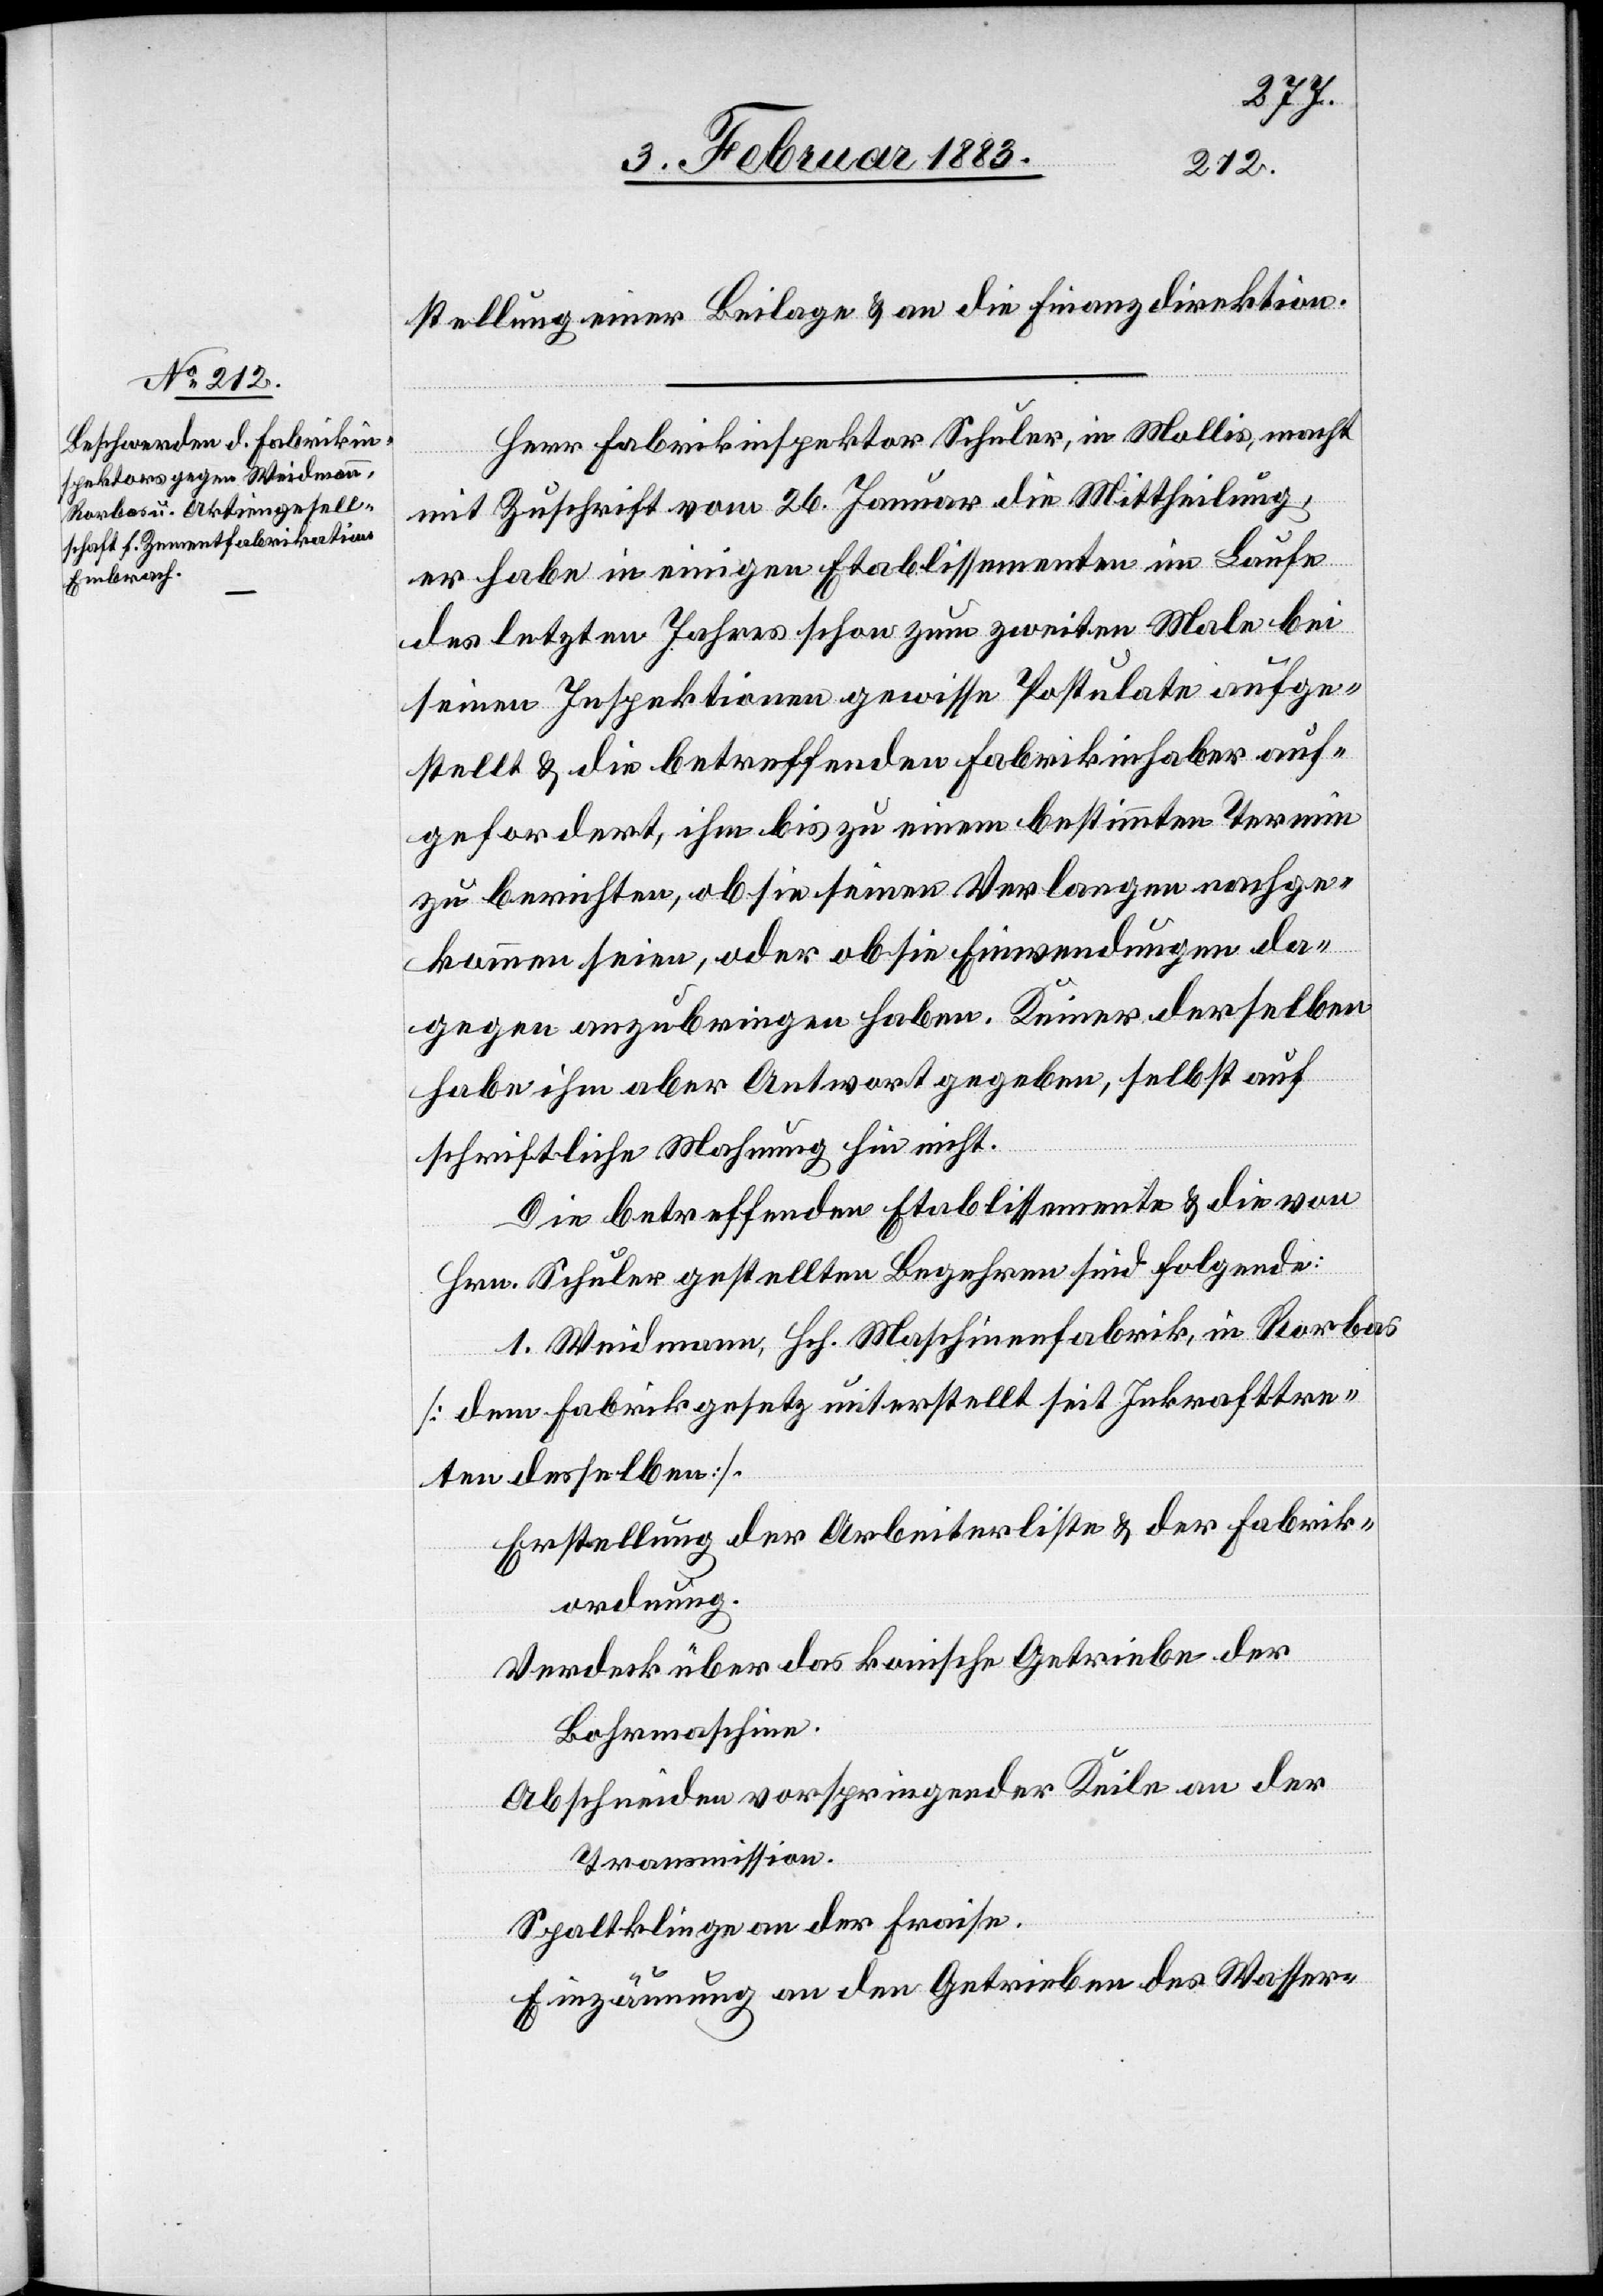
stellung einer Beilage & an die Finanzdirektion.
Herr Fabrikinspektor Schuler, in Mollis, macht
mit Zuschrift vom 26. Januar die Mittheilung,
er habe in einigen Etablissementen im Laufe
des letzten Jahres schon zum zweiten Male bei
seinen Inspektionen gewisse Postulate aufge¬
stellt & die betreffenden Fabrikinhaber auf¬
gefordert, ihm bis zu einem bestimmten Termin
zu berichten, ob sie seinen Verlangen nachge¬
kommen seien, oder ob sie Einwendungen da¬
gegen anzubringen haben. Keiner derselben
habe ihm aber Antwort gegeben, selbst auf
schriftliche Mahnung hin nicht.
Die betreffenden Etablissemente & die von
Hrn. Schuler gestellten Begehren sind folgende:
1. Weidmann, Hch. Maschinenfabrik, in Rorbas
[dem Fabrikgesetz unterstellt seit Inkrafttre¬
ten desselben].
Erstellung der Arbeiterliste & der Fabrik¬
ordnung.
Verdeck über das konische Getriebe der
Bohrmaschine.
Abschneiden vorspringender Keile an der
Transmission.
Spaltklinge an der Fraise.
Einzäunung an den Getrieben des Wasser-